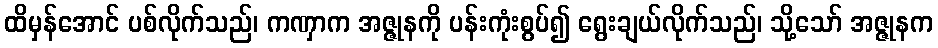
ထိမှန်အောင် ပစ်လိုက်သည်၊ ကဏှာက အဇ္ဇုနကို ပန်းကုံးစွပ်၍ ရွေးချယ်လိုက်သည်၊ သို့သော် အဇ္ဇုနက